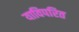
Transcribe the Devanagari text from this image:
याविपरित